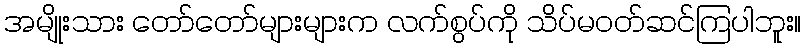
အမျိုးသား တော်တော်များများက လက်စွပ်ကို သိပ်မဝတ်ဆင်ကြပါဘူး။